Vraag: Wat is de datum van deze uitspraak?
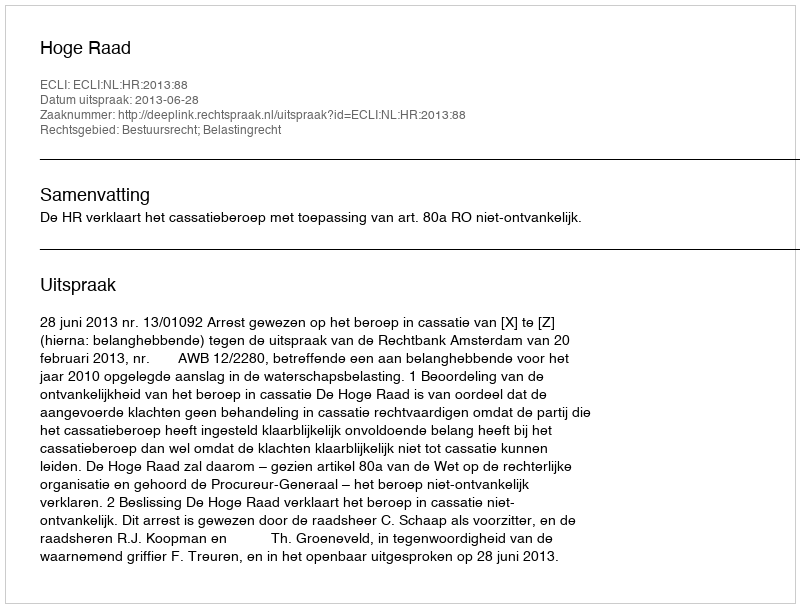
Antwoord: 2013-06-28